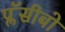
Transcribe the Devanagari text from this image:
प्लॅसीबो